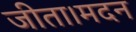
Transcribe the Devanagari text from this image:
जीता।मदन